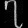
Digit: ၇